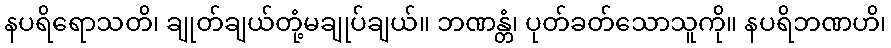
နပရိရောသတိ၊ ချုတ်ချယ်တုံ့မချုပ်ချယ်။ ဘဏန္တံ၊ ပုတ်ခတ်သောသူကို။ နပရိဘဏဟိ၊